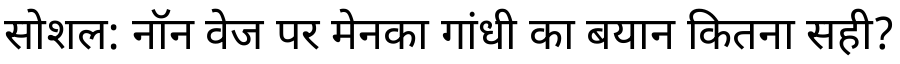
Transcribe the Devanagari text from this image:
सोशल: नॉन वेज पर मेनका गांधी का बयान कितना सही?